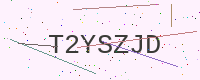
Text: T2YSZJD